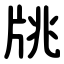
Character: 㸠